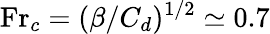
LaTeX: \mathrm{Fr}_{c}=(\beta/C_{d})^{1/2}\simeq 0.7